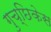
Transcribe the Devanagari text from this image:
गुच्छिकेस